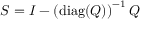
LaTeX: S = I - \left( \operatorname { d i a g } ( Q ) \right) ^ { - 1 } Q